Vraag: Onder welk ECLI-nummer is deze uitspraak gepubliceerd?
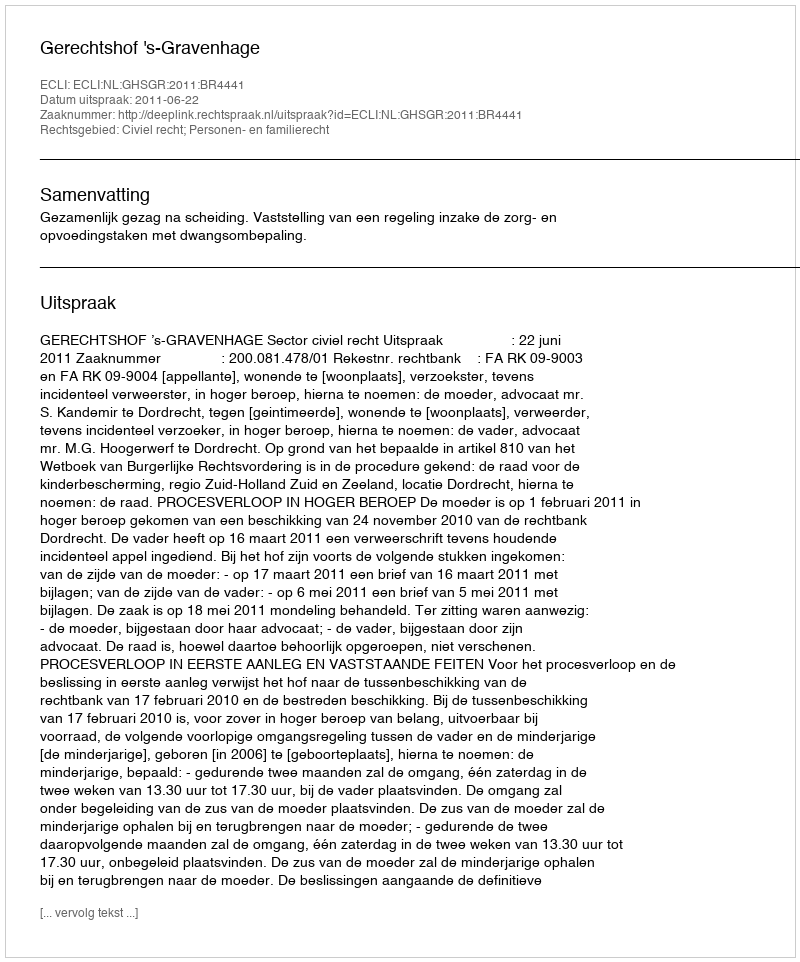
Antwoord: ECLI:NL:GHSGR:2011:BR4441